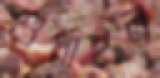
শুধাইল